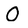
Character: 0